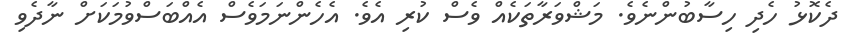
ދެކޮޅު ހެދި ހިސާބުންނެވެ. މަޝްވަރާތަކެއް ވެސް ކުރި އެވެ. އެހެންނަމަވެސް އެއްބަސްވުމަކަށް ނާދެވި